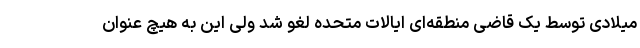
میلادی توسط یک قاضی منطقه‌ای ایالات متحده لغو شد ولی این به هیچ عنوان